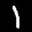
Label: 1